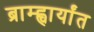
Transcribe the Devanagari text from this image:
ब्राम्ह्चार्यांत